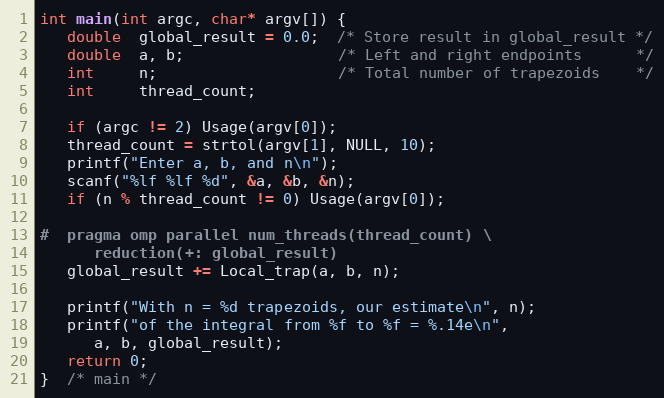
Language: C
int main(int argc, char* argv[]) {
   double  global_result = 0.0;  /* Store result in global_result */
   double  a, b;                 /* Left and right endpoints      */
   int     n;                    /* Total number of trapezoids    */
   int     thread_count;

   if (argc != 2) Usage(argv[0]);
   thread_count = strtol(argv[1], NULL, 10);
   printf("Enter a, b, and n\n");
   scanf("%lf %lf %d", &a, &b, &n);
   if (n % thread_count != 0) Usage(argv[0]);

#  pragma omp parallel num_threads(thread_count) \
      reduction(+: global_result)
   global_result += Local_trap(a, b, n);

   printf("With n = %d trapezoids, our estimate\n", n);
   printf("of the integral from %f to %f = %.14e\n",
      a, b, global_result);
   return 0;
}  /* main */